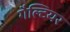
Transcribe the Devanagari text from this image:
गैल्टियर